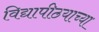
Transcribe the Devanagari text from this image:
विद्यापीठयाच्या